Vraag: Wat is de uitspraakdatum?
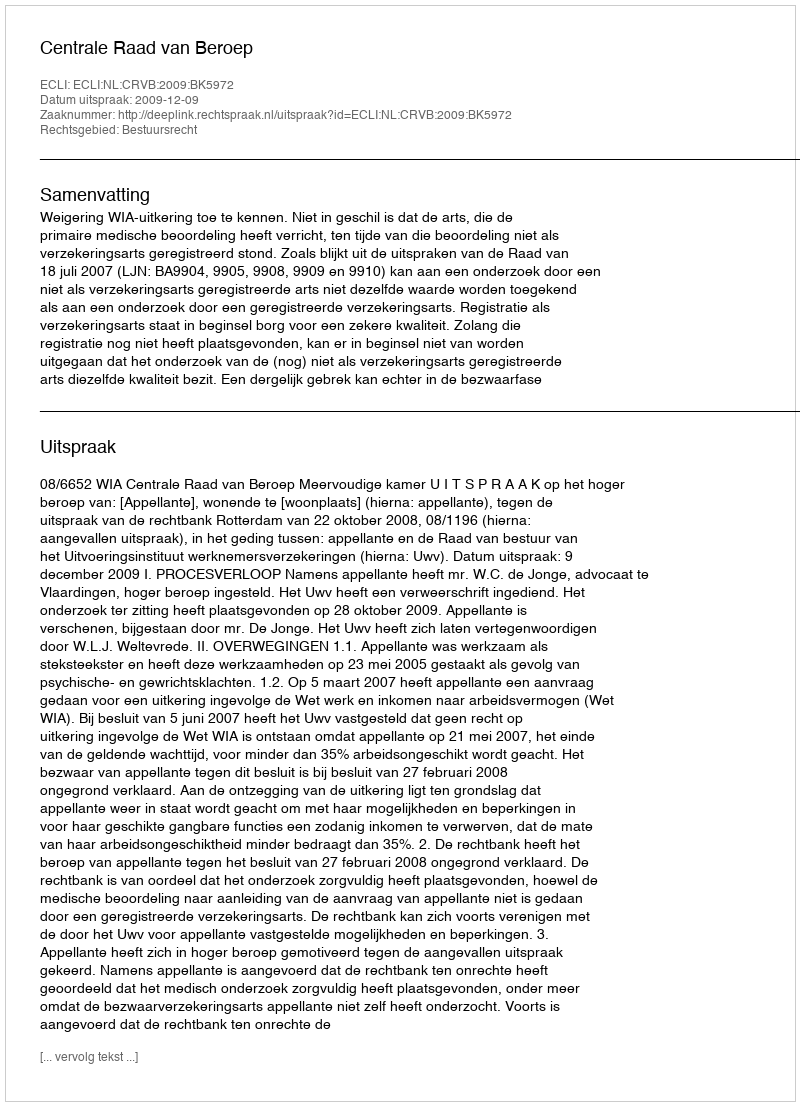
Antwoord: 2009-12-09